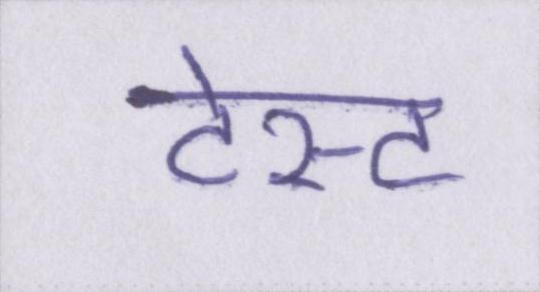
टेस्ट